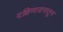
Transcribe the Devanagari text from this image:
दक्षिणायनातून